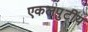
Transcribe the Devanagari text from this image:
एकलपुटीय